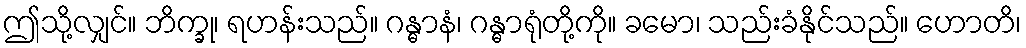
ဤသို့လျှင်။ ဘိက္ခု၊ ရဟန်းသည်။ ဂန္ဓာနံ၊ ဂန္ဓာရုံတို့ကို။ ခမော၊ သည်းခံနိုင်သည်။ ဟောတိ၊